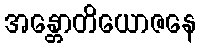
အန္တောတိယောဇနေ